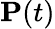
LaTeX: \mathbf{P}(t)